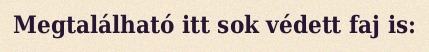
Megtalálható itt sok védett faj is: